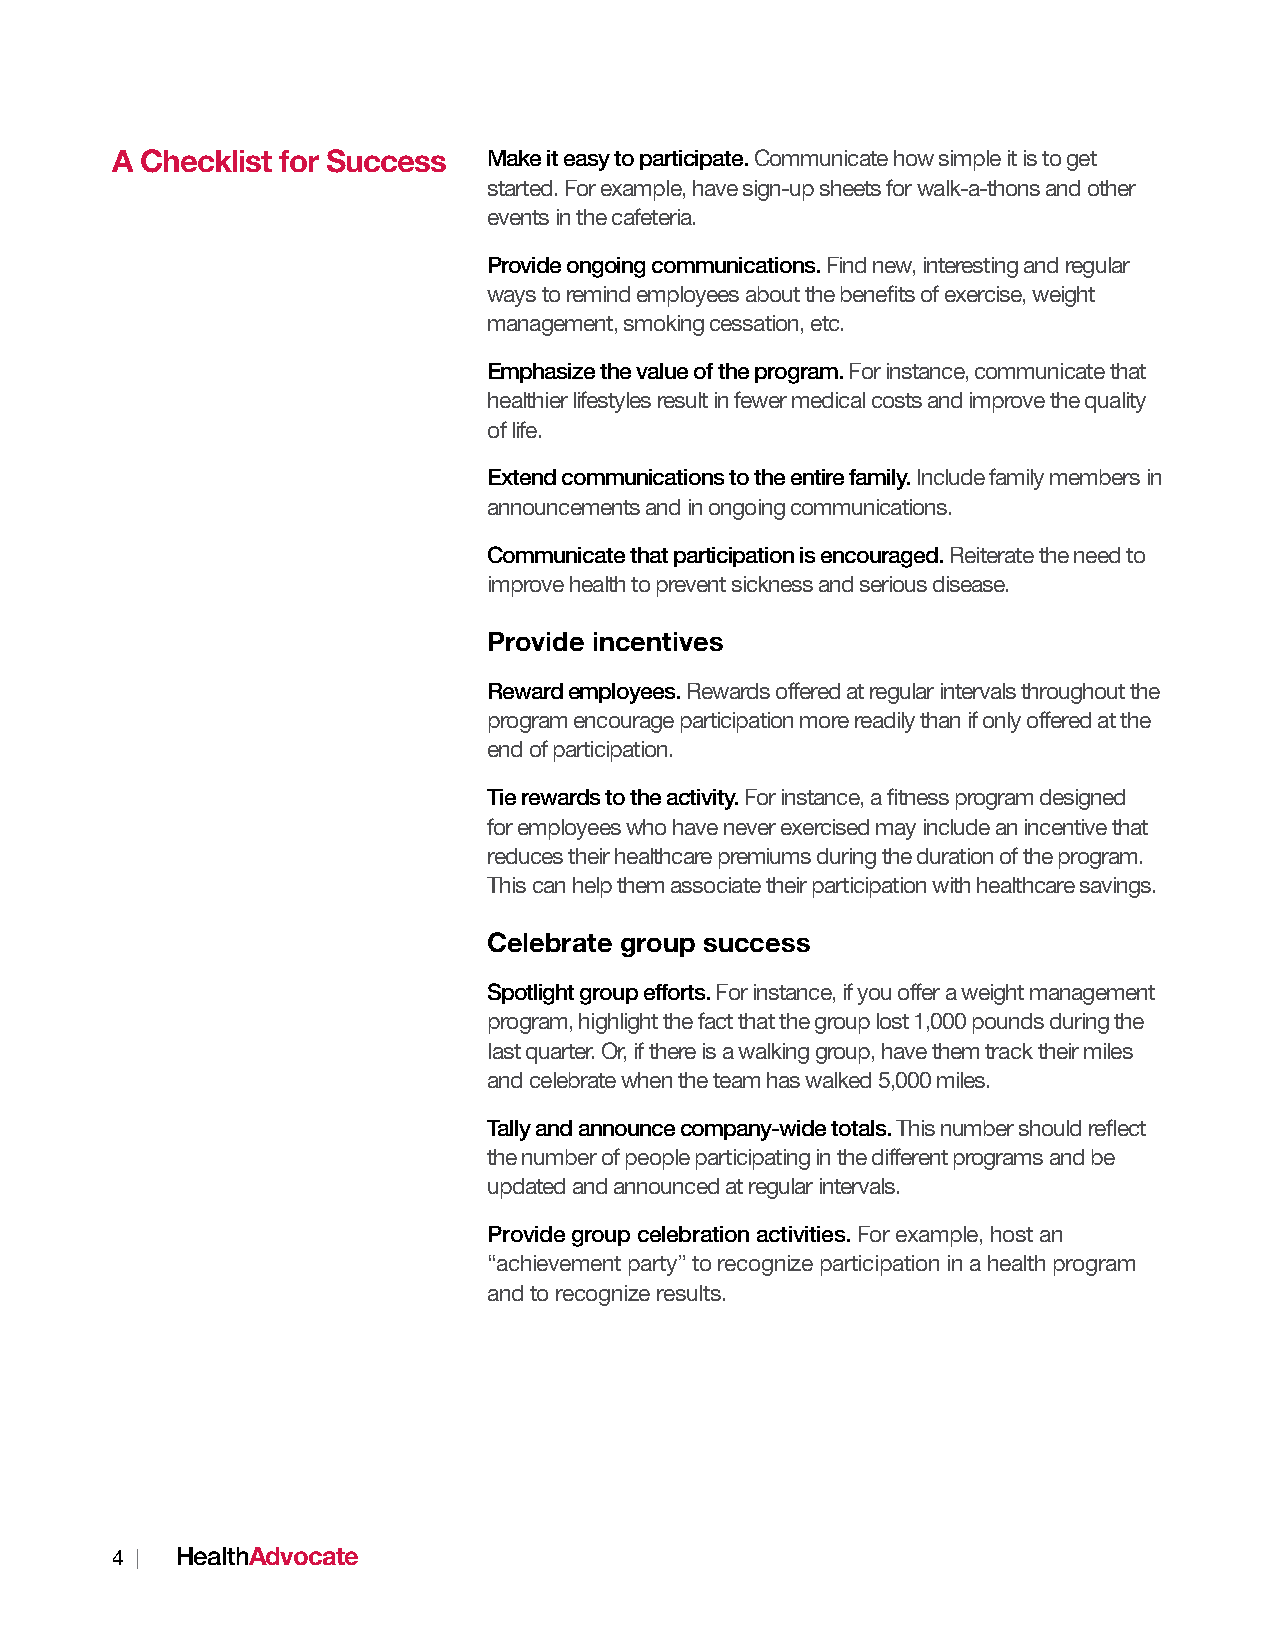
A Checklist for Success  Make it easy to participate. Communicate how simple it is to get
 started. For example, have sign-up sheets for walk-a-thons and other
 events in the cafeteria.
 Provide ongoing communications. Find new, interesting and regular
 ways to remind employees about the benefits of exercise, weight
 management, smoking cessation, etc.
 Emphasize the value of the program. For instance, communicate that
 healthier lifestyles result in fewer medical costs and improve the quality
 of life.
 Extend communications to the entire family. Include family members in
 announcements and in ongoing communications.
 Communicate that participation is encouraged. Reiterate the need to
 improve health to prevent sickness and serious disease.
 Provide incentives
 Reward employees. Rewards offered at regular intervals throughout the
 program encourage participation more readily than if only offered at the
 end of participation.
 Tie rewards to the activity. For instance, a fitness program designed
 for employees who have never exercised may include an incentive that
 reduces their healthcare premiums during the duration of the program.
 This can help them associate their participation with healthcare savings.
 Celebrate group success
 Spotlight group efforts. For instance, if you offer a weight management
 program, highlight the fact that the group lost 1,000 pounds during the
 last quarter. Or, if there is a walking group, have them track their miles
 and celebrate when the team has walked 5,000 miles.
 Tally and announce company-wide totals. This number should reflect
 the number of people participating in the different programs and be
 updated and announced at regular intervals.
 Provide group celebration activities. For example, host an
 “achievement party” to recognize participation in a health program
 and to recognize results.
 4 |  HealthAdvocate